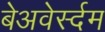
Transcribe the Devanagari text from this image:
बेअवेर्स्दम